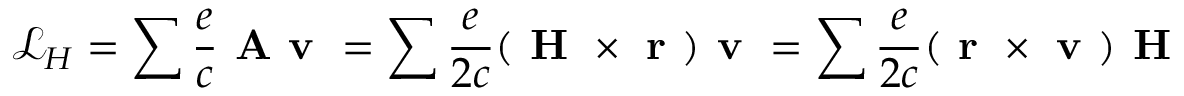
\mathcal { L } _ { H } = \sum \frac { e } { c } \textbf { A v } = \sum \frac { e } { 2 c } ( \textbf { H } \times \textbf { r } ) \textbf { v } = \sum \frac { e } { 2 c } ( \textbf { r } \times \textbf { v } ) \textbf { H }